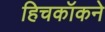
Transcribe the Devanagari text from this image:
हिचकॉकने